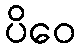
ပိဝေ